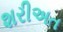
શરીઅત